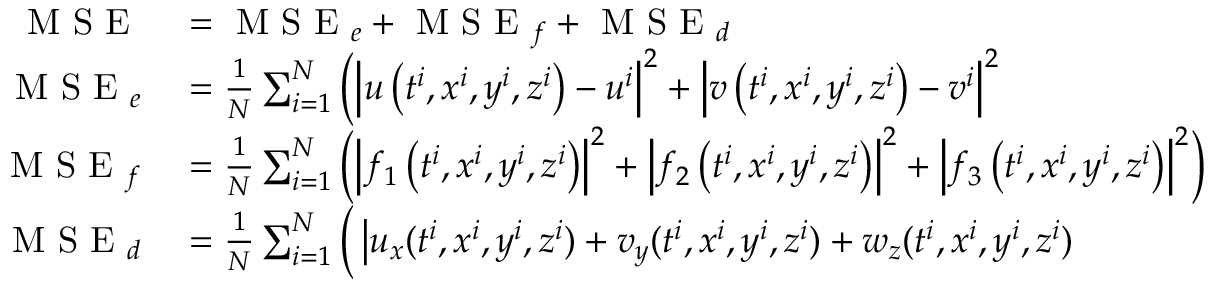
\begin{array} { r l } { \mathrm { ~ M ~ S ~ E ~ } } & { { } = \mathrm { ~ M ~ S ~ E ~ } _ { e } + \mathrm { ~ M ~ S ~ E ~ } _ { f } + \mathrm { ~ M ~ S ~ E ~ } _ { d } } \\ { \mathrm { ~ M ~ S ~ E ~ } _ { e } } & { { } = \frac { 1 } { N } \sum _ { i = 1 } ^ { N } \left( \left| u \left( t ^ { i } , x ^ { i } , y ^ { i } , z ^ { i } \right) - u ^ { i } \right| ^ { 2 } + \left| v \left( t ^ { i } , x ^ { i } , y ^ { i } , z ^ { i } \right) - v ^ { i } \right| ^ { 2 } \right. } \\ { \mathrm { ~ M ~ S ~ E ~ } _ { f } } & { { } = \frac { 1 } { N } \sum _ { i = 1 } ^ { N } \left( \left| f _ { 1 } \left( t ^ { i } , x ^ { i } , y ^ { i } , z ^ { i } \right) \right| ^ { 2 } + \left| f _ { 2 } \left( t ^ { i } , x ^ { i } , y ^ { i } , z ^ { i } \right) \right| ^ { 2 } + \left| f _ { 3 } \left( t ^ { i } , x ^ { i } , y ^ { i } , z ^ { i } \right) \right| ^ { 2 } \right) } \\ { \mathrm { ~ M ~ S ~ E ~ } _ { d } } & { { } = \frac { 1 } { N } \sum _ { i = 1 } ^ { N } \Big ( \left| u _ { x } ( t ^ { i } , x ^ { i } , y ^ { i } , z ^ { i } ) + v _ { y } ( t ^ { i } , x ^ { i } , y ^ { i } , z ^ { i } ) + w _ { z } ( t ^ { i } , x ^ { i } , y ^ { i } , z ^ { i } ) \right. \Big . } \end{array}